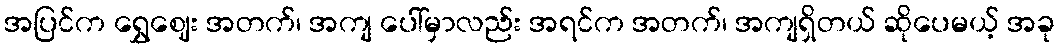
အပြင်က ရွှေဈေး အတက်၊ အကျ ပေါ်မှာလည်း အရင်က အတက်၊ အကျရှိတယ် ဆိုပေမယ့် အခု